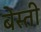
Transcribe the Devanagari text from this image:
बेस्ती